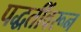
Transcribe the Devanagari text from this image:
पद्धतींवरून